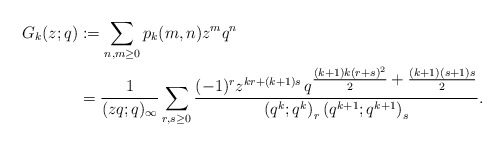
\begin{align*}G_k(z;q) & := \sum_{n,m \geq 0} p_k(m,n) z^m q^n \\& = \frac{1}{(zq;q)_\infty} \sum_{r, s \geq 0} \frac{(-1)^r z^{kr + (k+1)s}\,q^{\textstyle \frac{(k+1)k(r+s)^2}{2} + \frac{(k+1)(s+1)s}{2}}}{\left(q^k; q^k\right)_r \left(q^{k+1}; q^{k+1}\right)_s}. \end{align*}